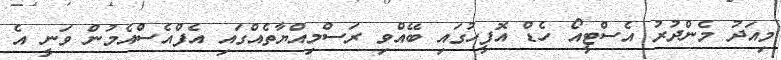
މިއަދު މެންދުރު އެސްޓީއޯ ހެޑް އޮފީހުގައި ބޭއްވި ރަސްމިއްޔާތެއްގައި އެފްއެސްއެމުން ވަނީ އެ